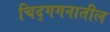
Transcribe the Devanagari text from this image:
चिद्‌गगनातील